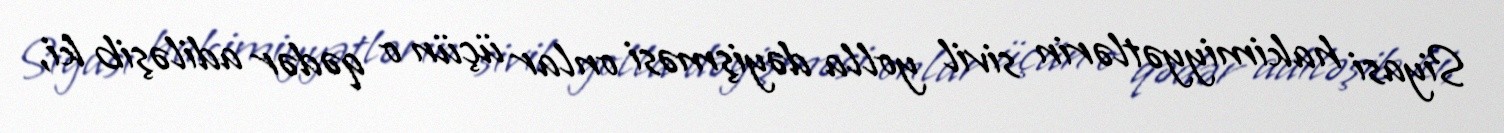
Siyasi hakimiyyətlərin sivil yolla dəyişməsi onlar üçün o qədər adiləşib ki,